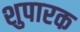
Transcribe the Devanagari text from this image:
शुपारक